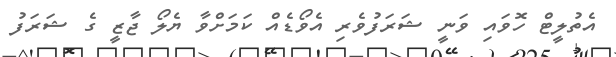
އެތުލީޓް ހޮވައި ވަނީ ޝަރަފުވެރި އެވޯޑެއް ކަމަށްވާ ޔެލޯ ޖާޒީ ގެ ޝަރަފު